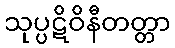
သုပ္ပဋိဝိနီတတ္တာ